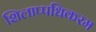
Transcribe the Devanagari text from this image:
शिलाप्पधिकरम